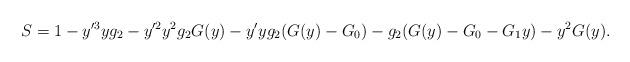
LaTeX: \begin{align*}S = 1 - y'^3 y g_2 - y'^2 y^2 g_2 G(y) - y' y g_2 (G(y) - G_0) - g_2 (G(y) - G_0 - G_1 y) - y^2 G(y).\end{align*}